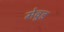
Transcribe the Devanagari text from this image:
मेवुड